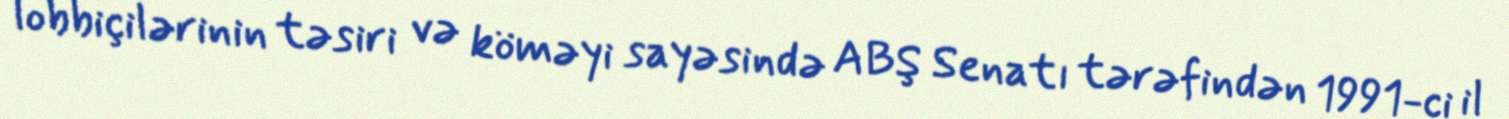
lobbiçilərinin təsiri və köməyi sayəsində ABŞ Senatı tərəfindən 1991-ci il